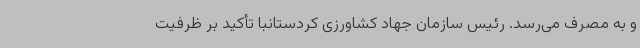
و به مصرف می‌رسد. رئیس سازمان جهاد کشاورزی کردستانبا تأکید بر ظرفیت